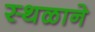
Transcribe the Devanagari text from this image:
स्थळाने